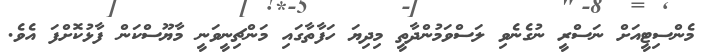
މެންސިޓީއަށް ނަސްރީ ނުގެނެވި ލަސްވަމުންދާތީ މިދިޔަ ހަފާތާގައި މަންޗިނީވަނީ މާޔޫސްކަން ފާޅުކޮށްފަ އެވެ.